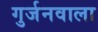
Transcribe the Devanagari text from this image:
गुर्जनवाला